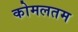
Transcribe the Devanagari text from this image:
कोमलतम